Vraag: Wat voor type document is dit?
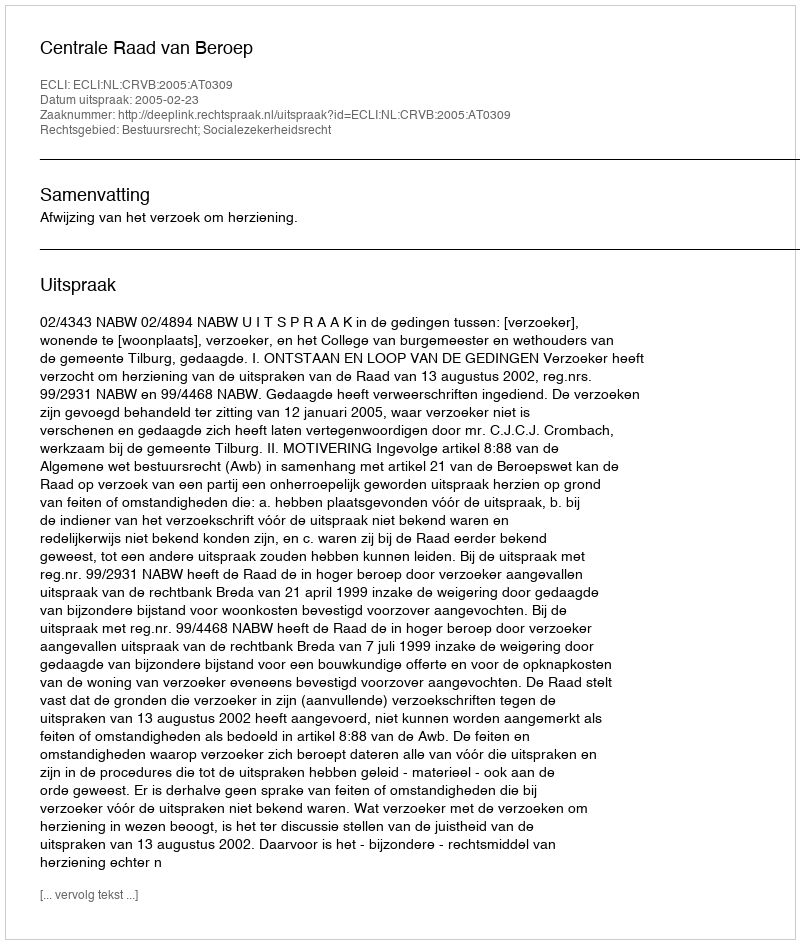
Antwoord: Uitspraak